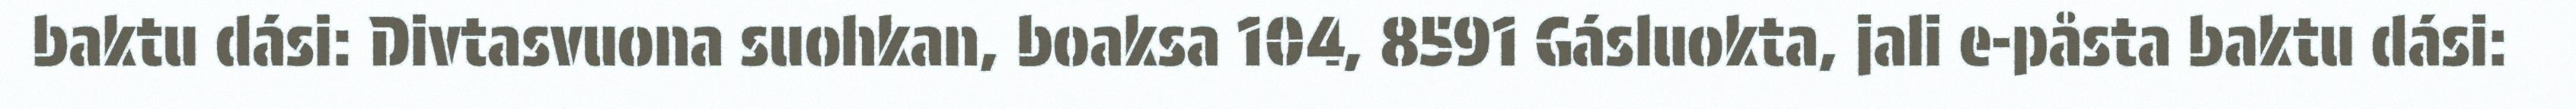
baktu dási: Divtasvuona suohkan, boaksa 104, 8591 Gásluokta, jali e-påsta baktu dási: